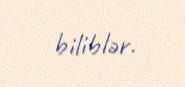
biliblər.